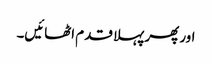
اور پھر پہلا قدم اٹھائیں۔